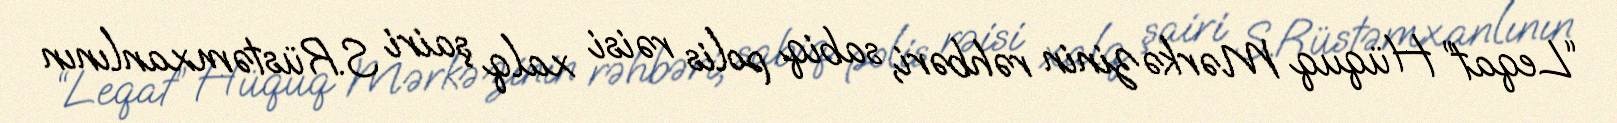
“Leqat” Hüquq Mərkəzinin rəhbəri, sabiq polis rəisi xalq şairi S.Rüstəmxanlının